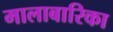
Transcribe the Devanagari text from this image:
मालाबारिका